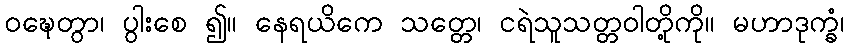
ဝဍ္ဎေတွာ၊ ပွါးစေ ၍။ နေရယိကေ သတ္တေ၊ ငရဲသူသတ္တဝါတို့ကို။ မဟာဒုက္ခံ၊